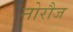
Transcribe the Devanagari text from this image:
नोरौज